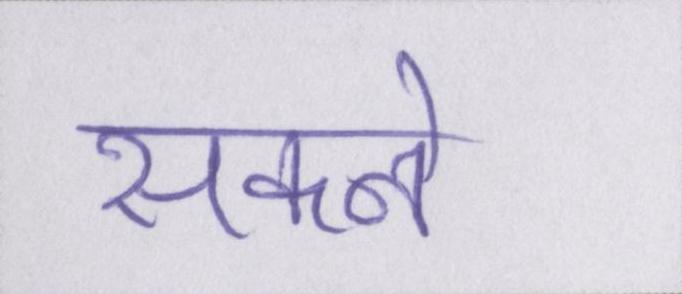
सकने